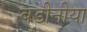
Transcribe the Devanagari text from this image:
बडीनीया